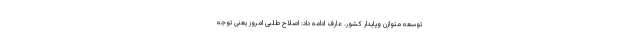
توسعه متوازن وپایدار کشور. عارف ادامه داد: اصلاح طلبی امروز یعنی توجه